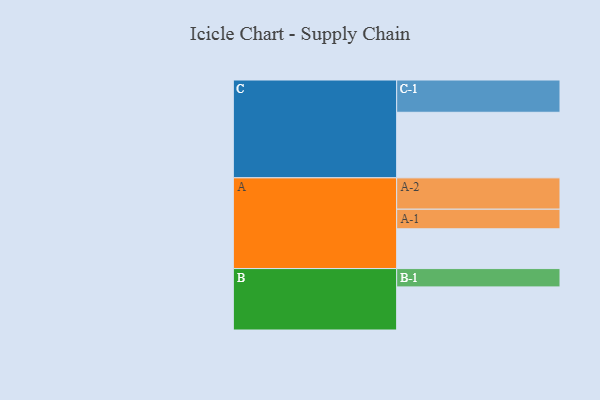
{"axis": {"x": "Segment", "y": "Value"}, "legend": ["", "A", "B", "C"], "data": [{"x": "A", "y": 345, "type": ""}, {"x": "B", "y": 374, "type": ""}, {"x": "C", "y": 569, "type": ""}, {"x": "A-1", "y": 170, "type": "A"}, {"x": "A-2", "y": 272, "type": "A"}, {"x": "B-1", "y": 159, "type": "B"}, {"x": "C-1", "y": 280, "type": "C"}]}